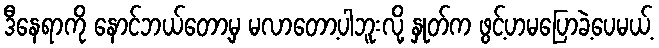
ဒီနေရာကို နောင်ဘယ်တော့မှ မလာတော့ပါဘူးလို့ နှုတ်က ဖွင့်ဟမပြောခဲ့ပေမယ့်